Eesti_Vabariigi_Tartu_Ulikool, lk 109
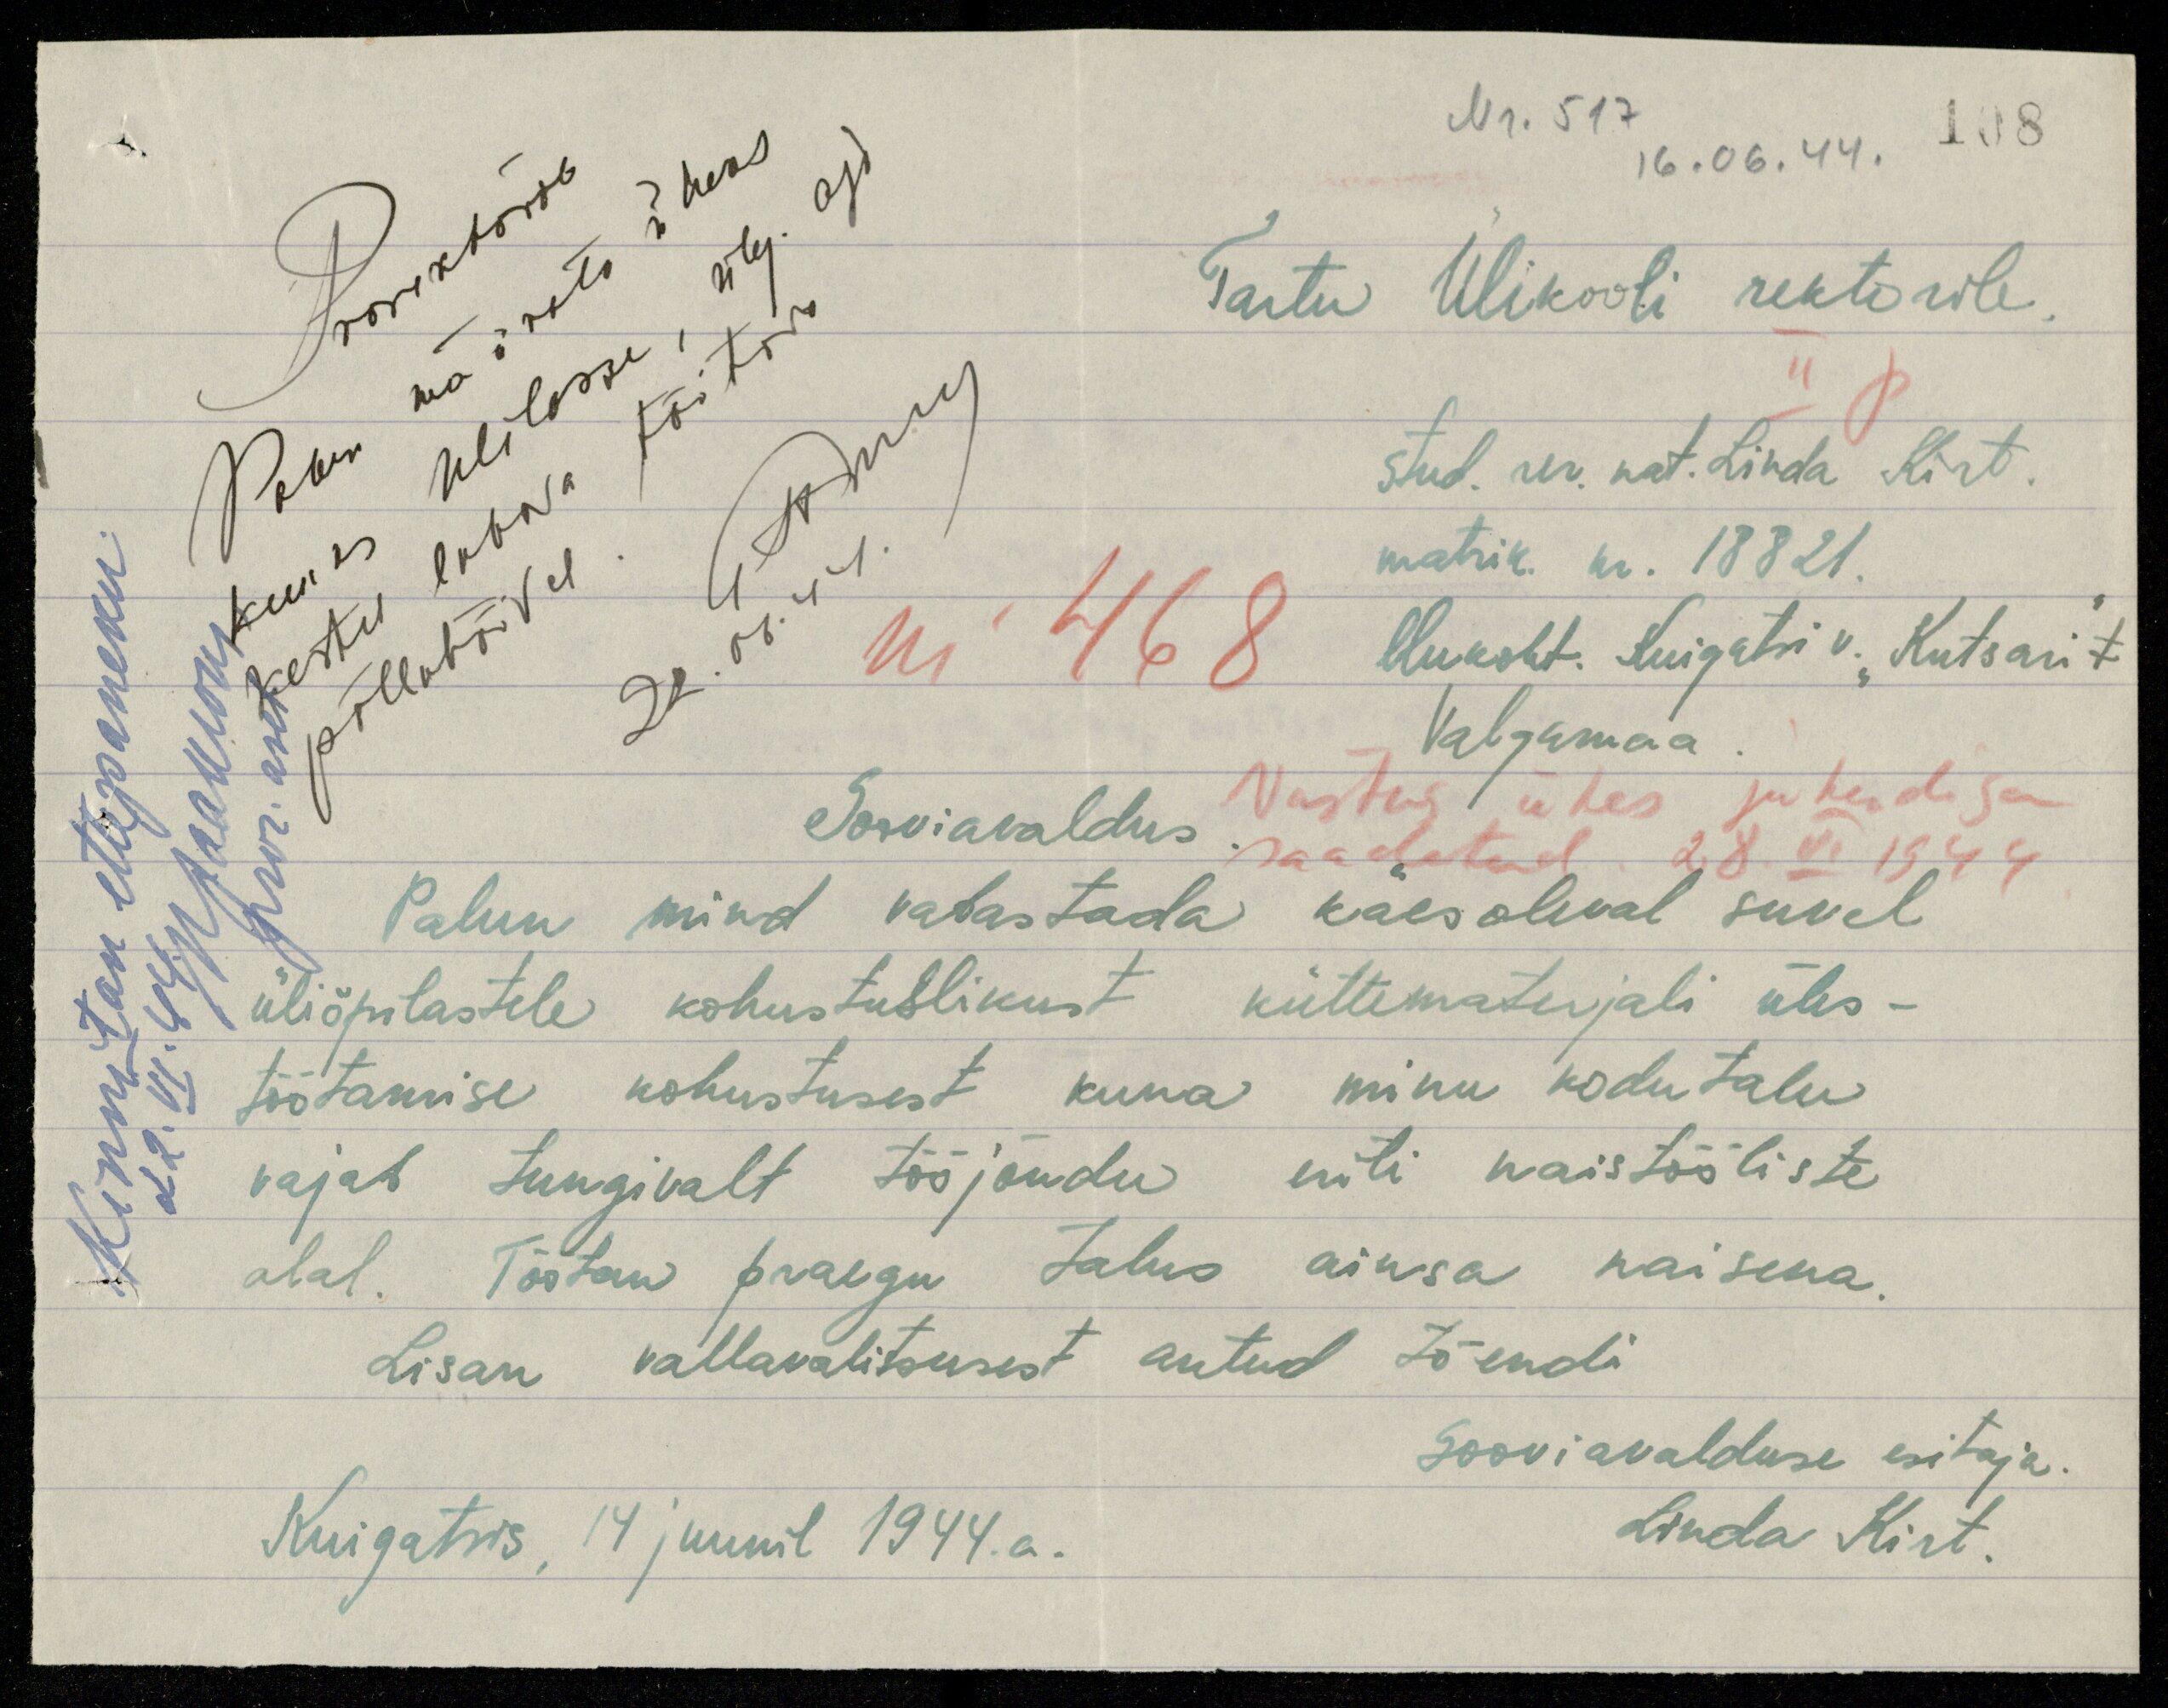
Nr. 517
16.06.44.
Tartu Ülikooli rektorile
II p
stud. rer. nat. Linda Kirt.
matrik. nr. 18821.
elukoht. Kuigatsi v. Kutsari t.
Valgamaa
Prorektorile
Palun määrata üheks
kuuks Ulilasse, ülej. aja
põllutöödel
allkiri
22.06.44
Kinnitan ettepaneku
22.VI.44 allkiri
pror. aset
nr 468
Vastus ühes juhendiga
saadetud 28. VI 1944
Sooviavaldus
Palun mind vabastada käesoleval suvel
üliõpilastele kohustuslikust küttematerjali üles-
töötamise kohustusest kuna minu kodutalu
vajab tungivalt tööjõudu eriti naistööliste
alal. Tõotan praegu talus ainsa naisena.
Lisan vallavalitsusest antud tõendi
Sooviavalduse esitaja.
Kuigatsis, 14 juunil 1944.a.
Linda Kirt.